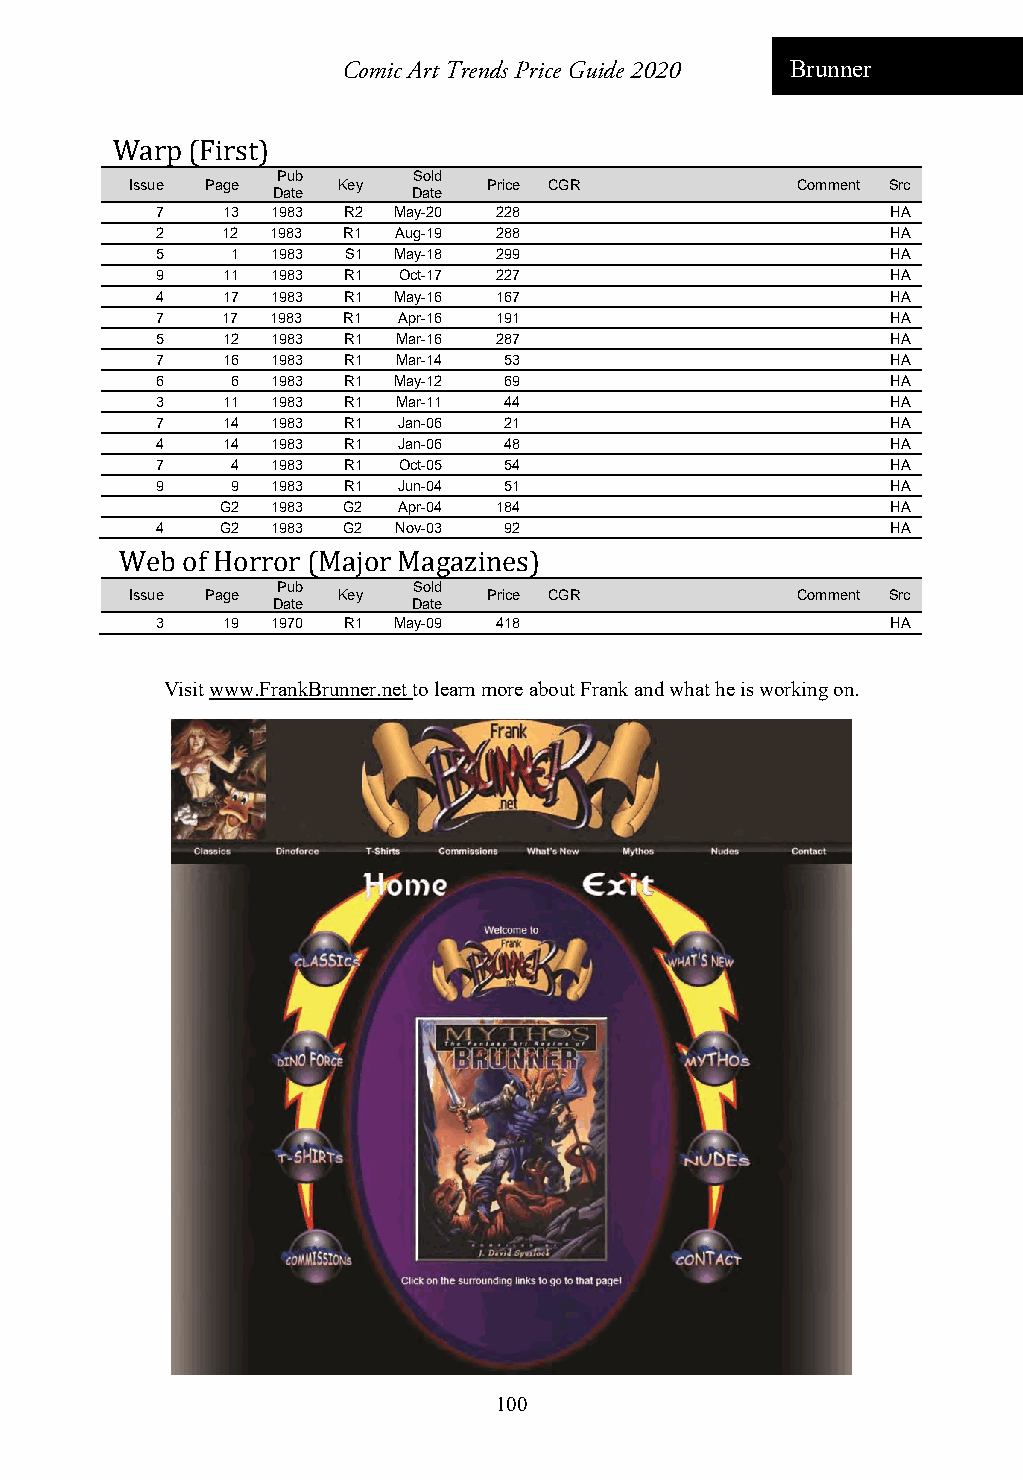
Comic Art Trends Price Guide 2020 Brunner
 Warp (First)
 Pub      Sold
 Issue Page   Key       Price CGR            Comment Src
 Date     Date
 7    13 1983 R2 May-20 228                       HA
 2    12 1983 R1 Aug-19 288                       HA
 5    1  1983 S1 May-18 299                       HA
 9    11 1983 R1 Oct-17 227                       HA
 4    17 1983 R1 May-16 167                       HA
 7    17 1983 R1 Apr-16 191                       HA
 5    12 1983 R1 Mar-16 287                       HA
 7    16 1983 R1 Mar-14 53                        HA
 6    6  1983 R1 May-12 69                        HA
 3    11 1983 R1 Mar-11 44                        HA
 7    14 1983 R1 Jan-06 21                        HA
 4    14 1983 R1 Jan-06 48                        HA
 7    4  1983 R1 Oct-05 54                        HA
 9    9  1983 R1 Jun-04 51                        HA
 G2 1983 G2 Apr-04 184                       HA
 4    G2 1983 G2 Nov-03 92                        HA
 Web of Horror (Major Magazines)
 Pub      Sold
 Issue Page   Key       Price CGR            Comment Src
 Date     Date
 3    19 1970 R1 May-09 418                       HA
 Visit www.FrankBrunner.net to learn more about Frank and what he is working on.
 100